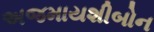
અજમાયશીબોન